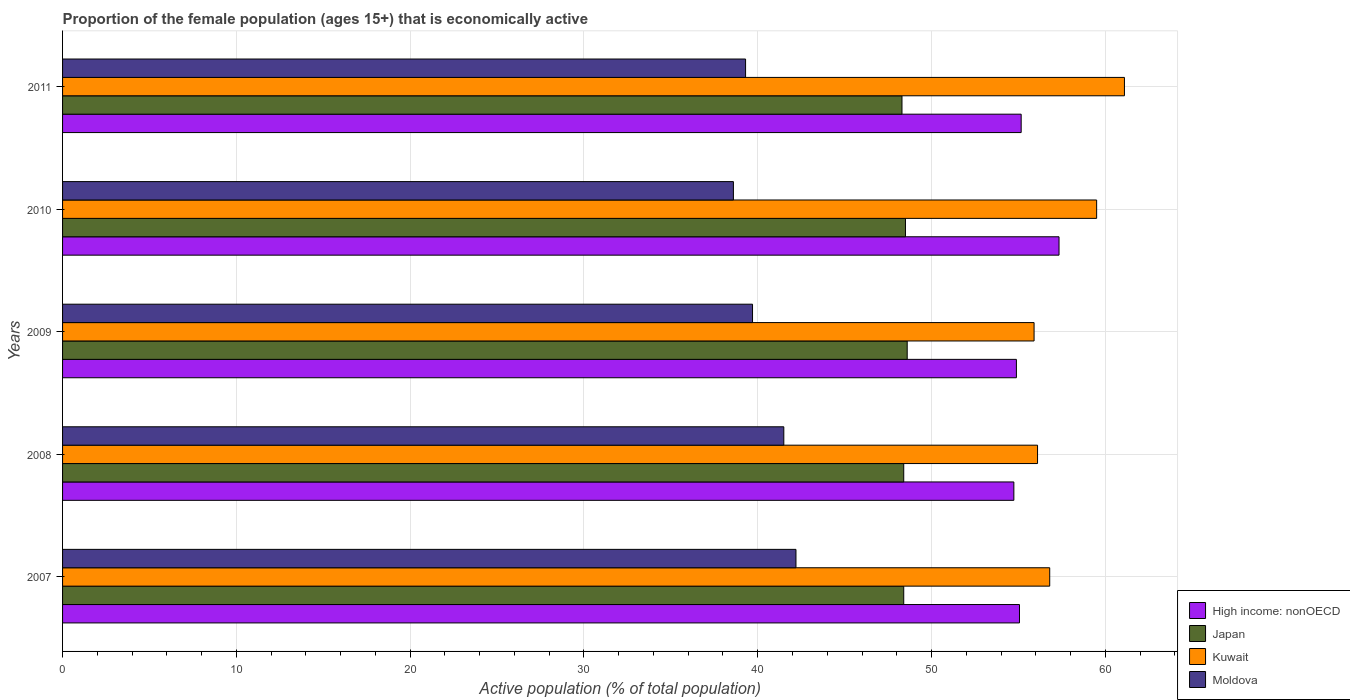
| Years | High income: nonOECD | Japan | Kuwait | Moldova |
 | --- | --- | --- | --- | --- |
 | 2007 | 55.1 | 48.4 | 56.8 | 42.2 |
 | 2008 | 54.7 | 48.4 | 56.1 | 41.5 |
 | 2009 | 54.9 | 48.6 | 55.9 | 39.7 |
 | 2010 | 57.3 | 48.5 | 59.5 | 38.6 |
 | 2011 | 55.2 | 48.3 | 61.1 | 39.3 |